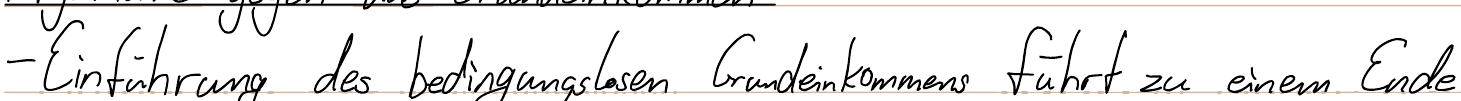
- Einführung des bedingungslosen Grundeinkommens führt zu einem Ende